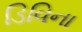
ડિવિના